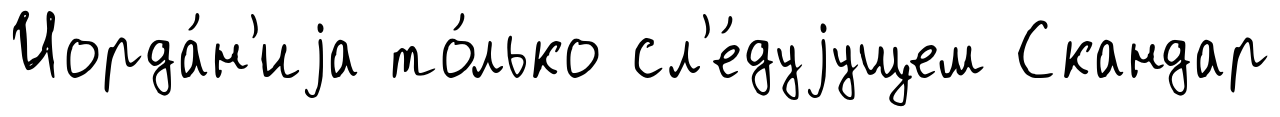
Иорда́н'иjа то́лько сл'е́дуjущем Скандар